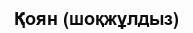
Қоян (шоқжұлдыз)